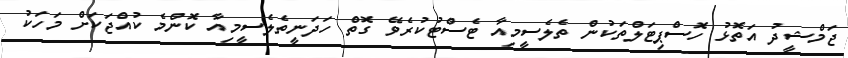
ޖަމްޝީދު އަތޮޅު ހޮސްޕިޓަލްތަކުން ތެލެސީމިއާ ޓެސްޓުކުރެވޭ ގޮތް ހަދަނީތެލެސީމިއާ ކޮންމެ ކުއްޖަކަށް މަހަކު